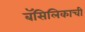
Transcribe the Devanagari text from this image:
बॅसिलिकाची